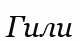
Гили